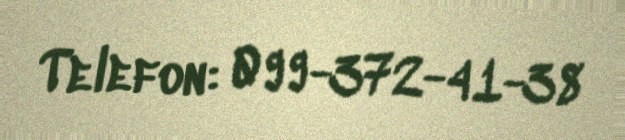
Telefon: 099-372-41-38